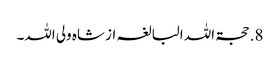
8. حجۃ اللہ البالغہ از شاہ ولی اللہ۔